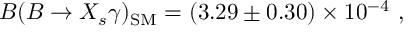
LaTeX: B ( B \to X _ { s } \gamma ) _ { \mathrm { S M } } = ( 3 . 2 9 \pm 0 . 3 0 ) \times 1 0 ^ { - 4 } \ ,